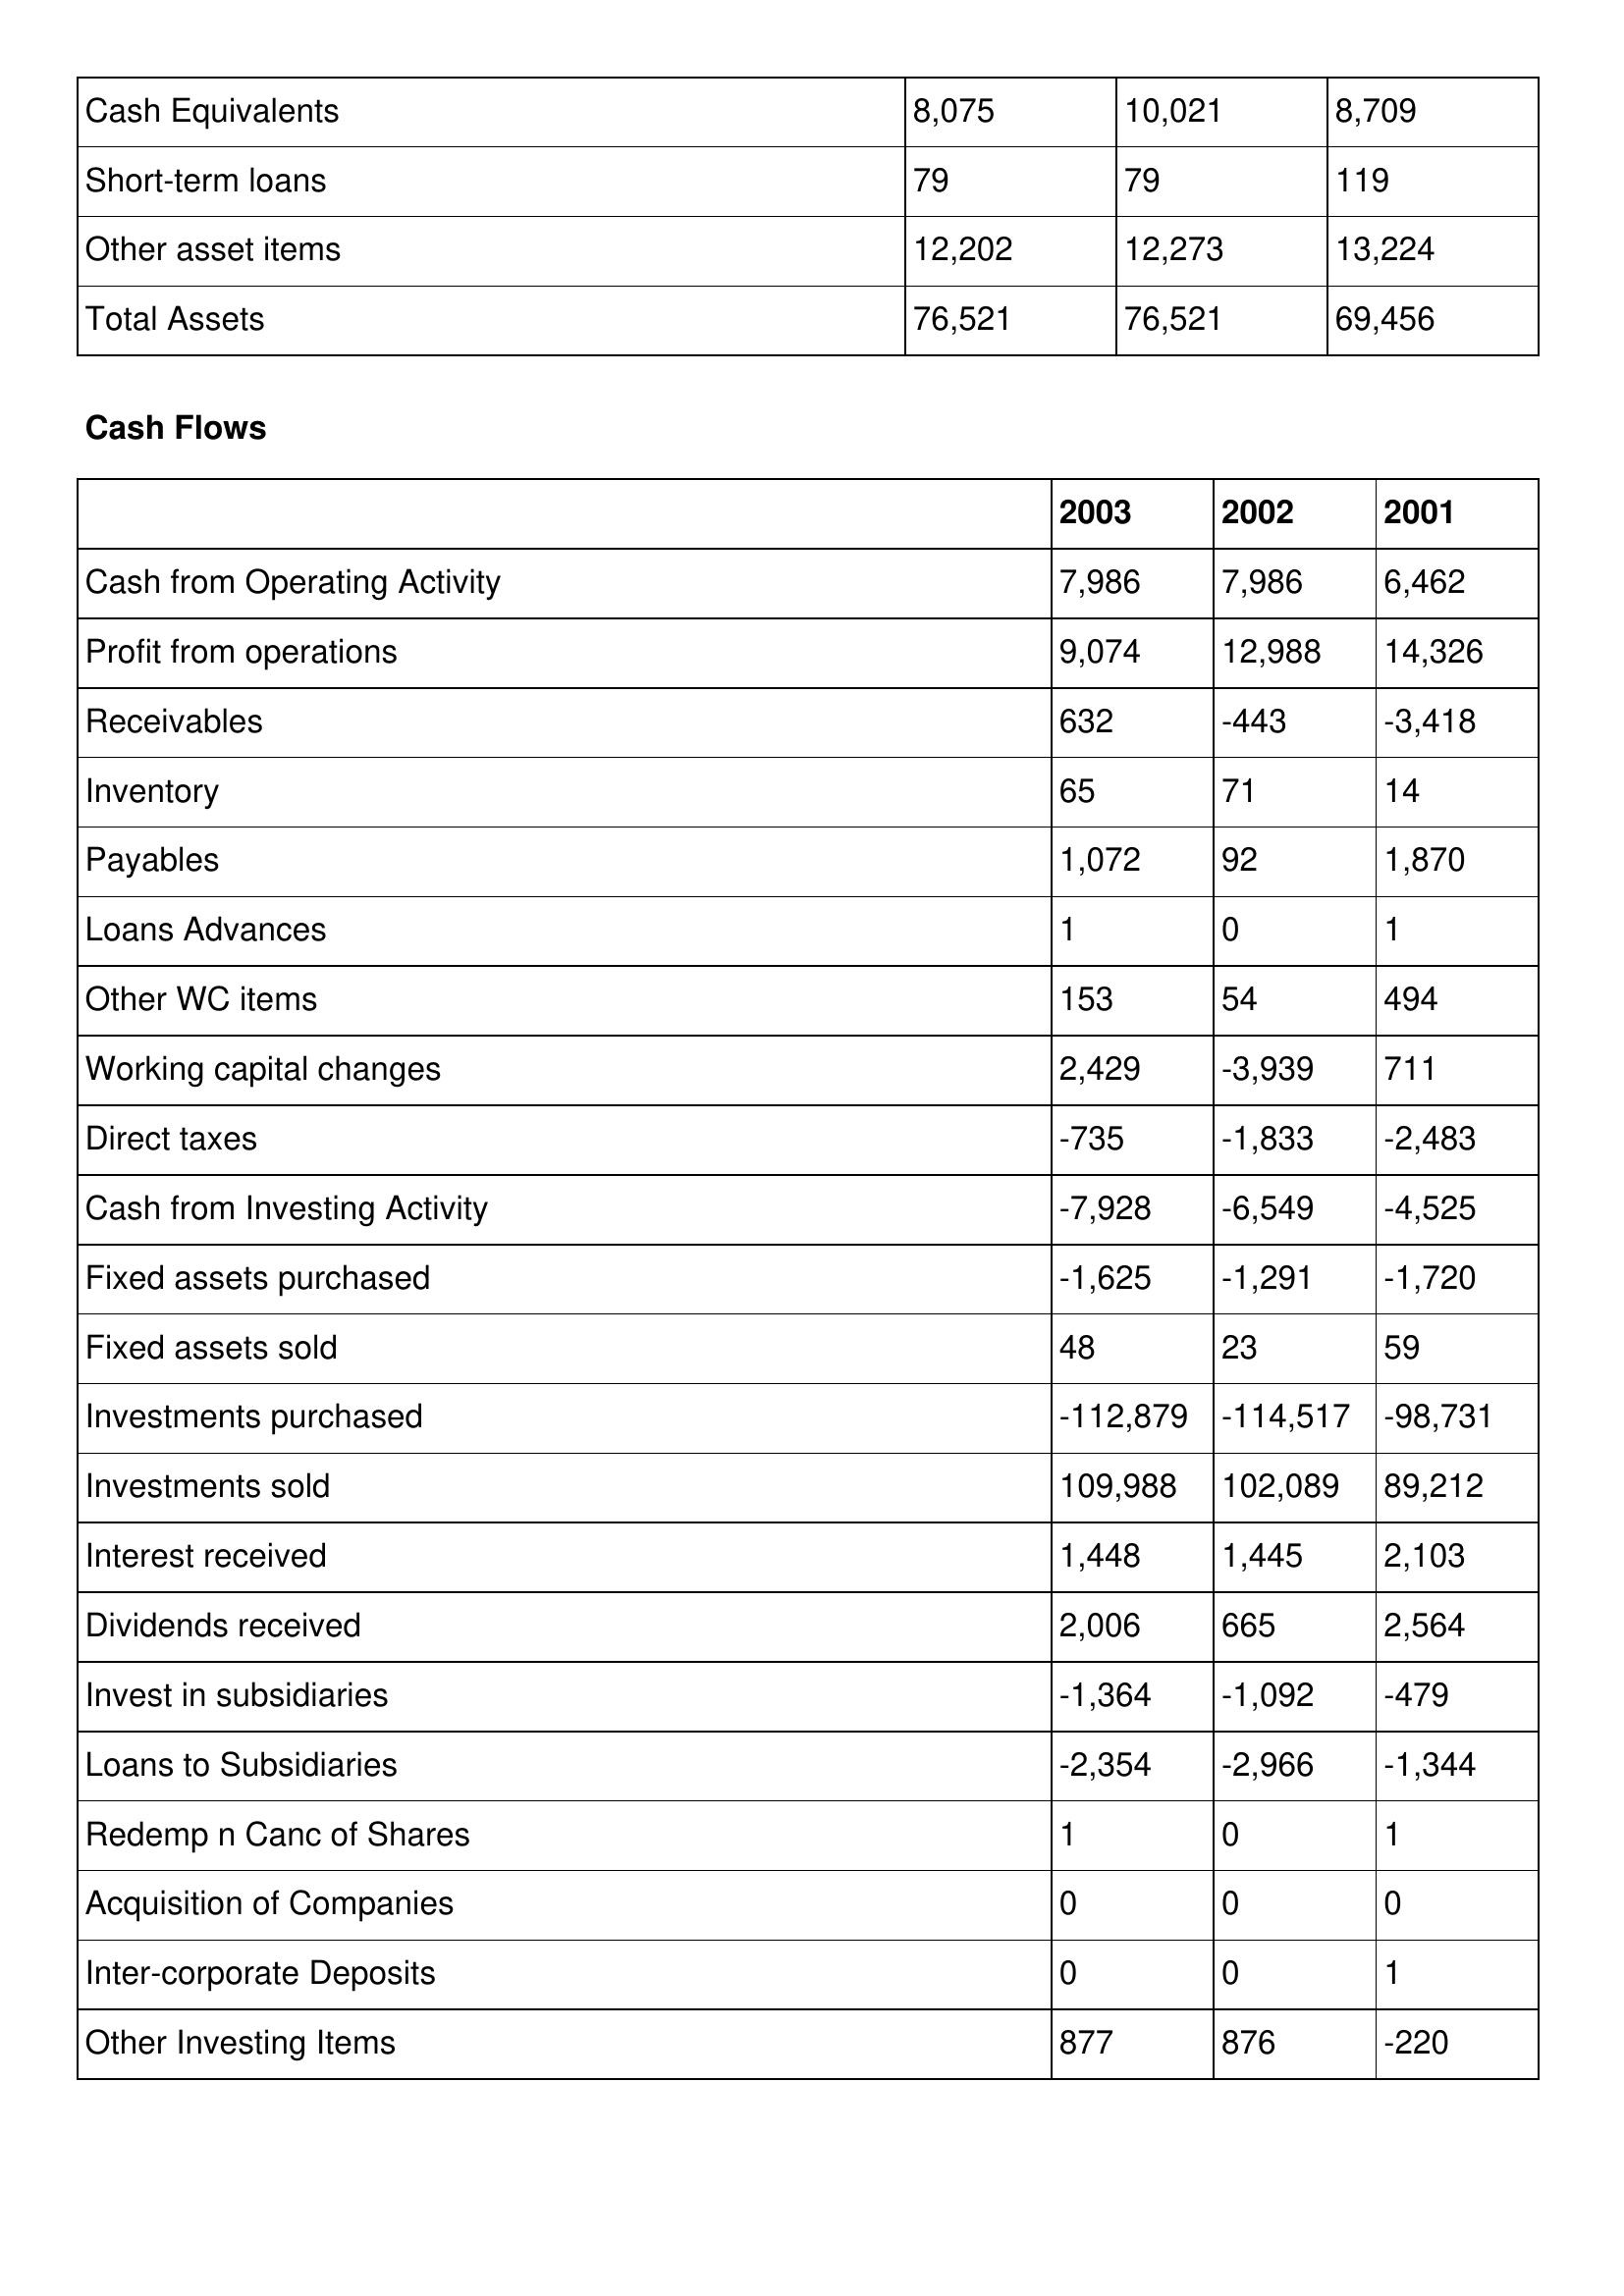
gt_parse: 2003: Balance Sheet: Cash Equivalents: 8,075
Short-term loans: 79
Other asset items: 12,202
Total Assets: 76,521
Cash Flows: Cash from Operating Activity: 7,986
Profit from operations: 9,074
Receivables: 632
Inventory: 65
Payables: 1,072
Loans Advances: 1
Other WC items: 153
Working capital changes: 2,429
Direct taxes: -735
Cash from Investing Activity: -7,928
Fixed assets purchased: -1,625
Fixed assets sold: 48
Investments purchased: -112,879
Investments sold: 109,988
Interest received: 1,448
Dividends received: 2,006
Invest in subsidiaries: -1,364
Loans to Subsidiaries: -2,354
Redemp n Canc of Shares: 1
Acquisition of Companies: 0
Inter-corporate Deposits: 0
Other Investing Items: 877
2002: Balance Sheet: Cash Equivalents: 10,021
Short-term loans: 79
Other asset items: 12,273
Total Assets: 76,521
Cash Flows: Cash from Operating Activity: 7,986
Profit from operations: 12,988
Receivables: -443
Inventory: 71
Payables: 92
Loans Advances: 0
Other WC items: 54
Working capital changes: -3,939
Direct taxes: -1,833
Cash from Investing Activity: -6,549
Fixed assets purchased: -1,291
Fixed assets sold: 23
Investments purchased: -114,517
Investments sold: 102,089
Interest received: 1,445
Dividends received: 665
Invest in subsidiaries: -1,092
Loans to Subsidiaries: -2,966
Redemp n Canc of Shares: 0
Acquisition of Companies: 0
Inter-corporate Deposits: 0
Other Investing Items: 876
2001: Balance Sheet: Cash Equivalents: 8,709
Short-term loans: 119
Other asset items: 13,224
Total Assets: 69,456
Cash Flows: Cash from Operating Activity: 6,462
Profit from operations: 14,326
Receivables: -3,418
Inventory: 14
Payables: 1,870
Loans Advances: 1
Other WC items: 494
Working capital changes: 711
Direct taxes: -2,483
Cash from Investing Activity: -4,525
Fixed assets purchased: -1,720
Fixed assets sold: 59
Investments purchased: -98,731
Investments sold: 89,212
Interest received: 2,103
Dividends received: 2,564
Invest in subsidiaries: -479
Loans to Subsidiaries: -1,344
Redemp n Canc of Shares: 1
Acquisition of Companies: 0
Inter-corporate Deposits: 1
Other Investing Items: -220